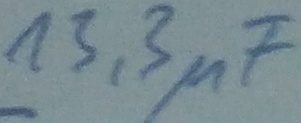
Text: 13,3µF